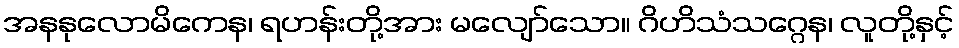
အနနုလောမိကေန၊ ရဟန်းတို့အား မလျော်သော။ ဂိဟိသံသဂ္ဂေန၊ လူတို့နှင့်